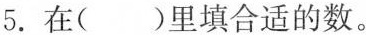
5.在（）里填合适的数。